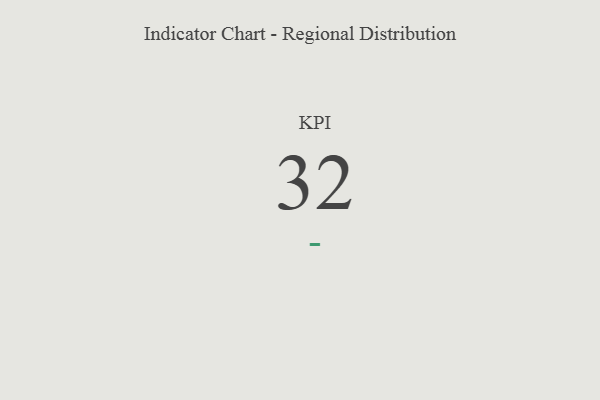
{"axis": {"x": "KPI", "y": "Value"}, "legend": [""], "data": [{"x": "KPI", "y": 32, "type": ""}]}